Lunatic asylums Punjab 1911-1921 - 1911-1921
Year: 1911
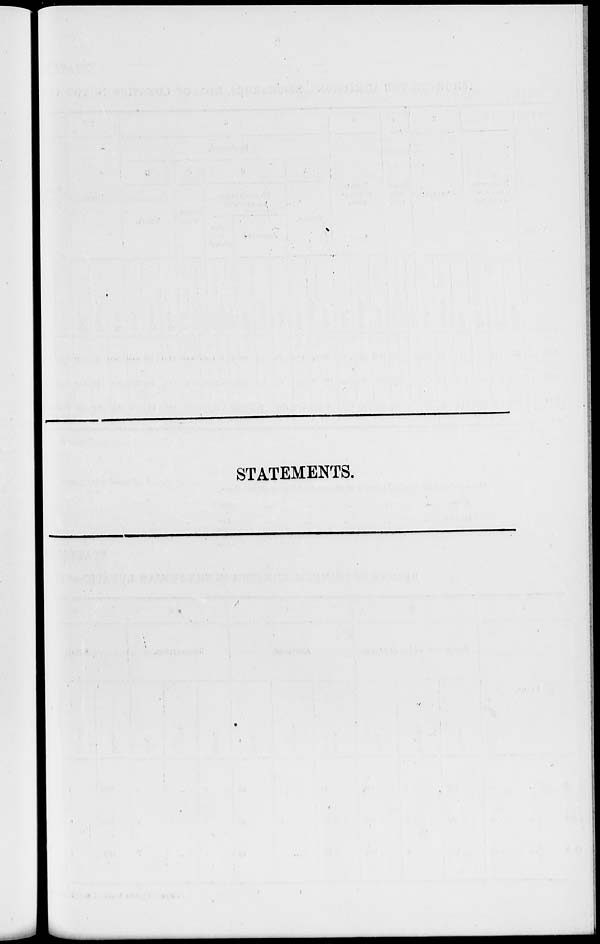
STATEMENTS.